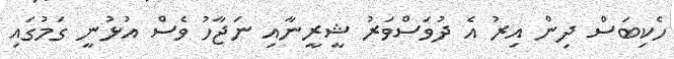
ހެކިބަސް ދިން އިރު އެ ދުވަސްވަރު ޝީރީނާއި ނަޖާހު ވެސް އުޅުނީ ގަމުގައި